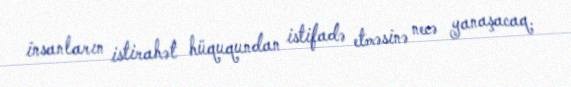
insanların istirahət hüququndan istifadə etməsinə necə yanaşacaq.